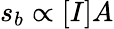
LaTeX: s_{b}\propto[I]A